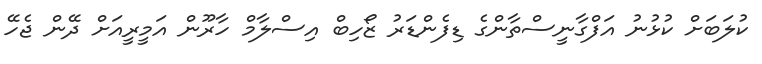
ކުލަބަށް ކުޅުނު އަފްގާނީސްތާންގެ ޑިފެންޑަރު ޒޯހިބް އިސްލާމް ހާރޫން އަމީރީއަށް ދޭން ޖެހޭ